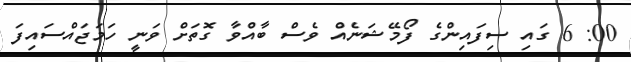
00: 6 ގައި ސިފައިންގެ ފޯމޭޝަނެއް ވެސް ބާއްވާ ގޮތަށް ވަނީ ހަމަޖައްސައިފަ